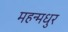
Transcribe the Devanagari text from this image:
महन्मधुर